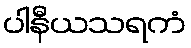
ပါနီယသရကံ